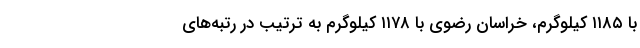
با ۱۱۸۵ کیلوگرم، خراسان رضوی با ۱۱۷۸ کیلوگرم به ترتیب در رتبه‌های